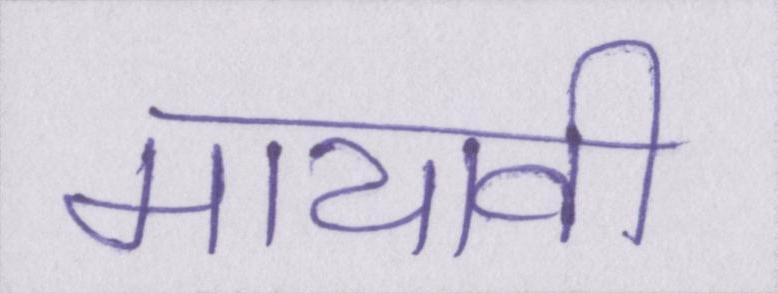
मायावी